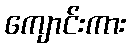
ကျောင်းကား